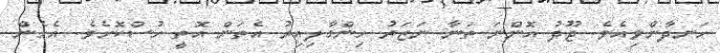
ހަނދާންވިއެވެ. ޖޫދު އޮންނަ ތަނާ ނަޒަރު ހިންގާލިއިރު އެތަން އޮތީ ހުސްކޮށެވެ. އެހެން